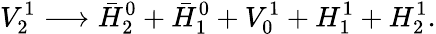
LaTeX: V_{2}^{1}\longrightarrow\bar{H}_{2}^{0}+\bar{H}_{1}^{0}+V_{0}^{1}+H_{1}^{1}+H_{2}^{1}.